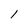
Character: 1